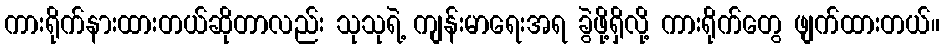
ကားရိုက်နားထားတယ်ဆိုတာလည်း သုသုရဲ့ ကျန်းမာရေးအရ ခွဲဖို့ရှိလို့ ကားရိုက်တွေ ဖျက်ထားတယ်။